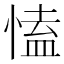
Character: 㥺